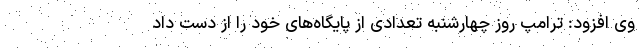
وی افزود: ترامپ روز چهارشنبه تعدادی از پایگاه‌های خود را از دست داد